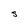
Character: S